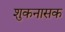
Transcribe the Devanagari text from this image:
शुकनासक